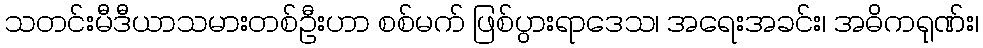
သတင်းမီဒီယာသမားတစ်ဦးဟာ စစ်မက် ဖြစ်ပွားရာဒေသ၊ အရေးအခင်း၊ အဓိကရုဏ်း၊